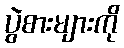
ပွဲစားများကို